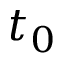
t _ { 0 }